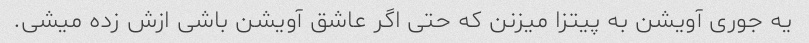
یه جوری آویشن به پیتزا میزنن که حتی اگر عاشق آویشن باشی ازش زده میشی.